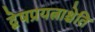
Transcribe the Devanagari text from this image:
द्वेषप्रयत्नाश्चेति